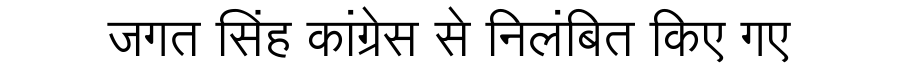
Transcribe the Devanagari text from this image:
जगत सिंह कांग्रेस से निलंबित किए गए